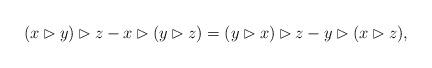
LaTeX: \begin{align*} (x\rhd y)\rhd z-x\rhd (y\rhd z)=(y\rhd x)\rhd z-y\rhd (x\rhd z), \end{align*}